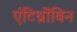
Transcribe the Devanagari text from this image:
एंटिथ्रोंबिन